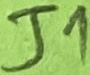
Text: J1